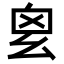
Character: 𢆿